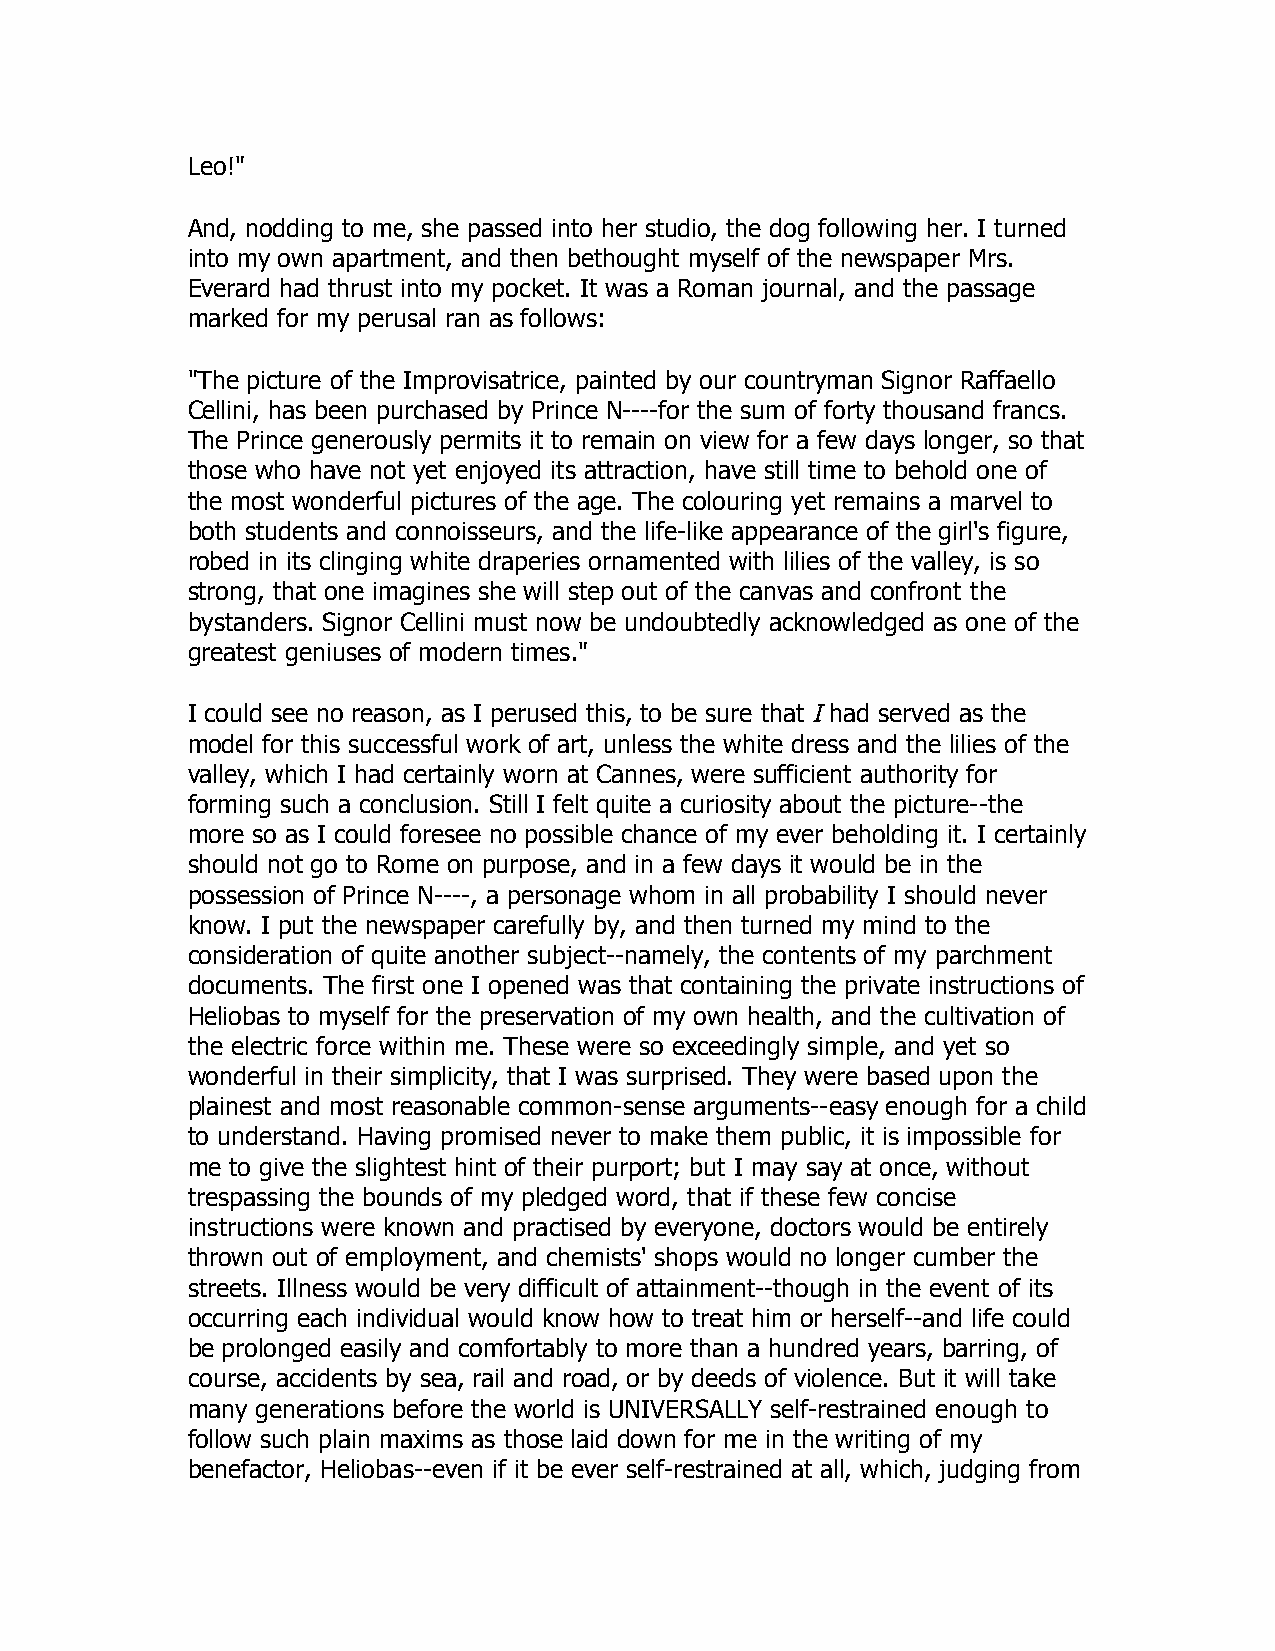
Leo!"
 And, nodding to me, she passed into her studio, the dog following her. I turned
 into my own apartment, and then bethought myself of the newspaper Mrs.
 Everard had thrust into my pocket. It was a Roman journal, and the passage
 marked for my perusal ran as follows:
 "The picture of the Improvisatrice, painted by our countryman Signor Raffaello
 Cellini, has been purchased by Prince N----for the sum of forty thousand francs.
 The Prince generously permits it to remain on view for a few days longer, so that
 those who have not yet enjoyed its attraction, have still time to behold one of
 the most wonderful pictures of the age. The colouring yet remains a marvel to
 both students and connoisseurs, and the life-like appearance of the girl's figure,
 robed in its clinging white draperies ornamented with lilies of the valley, is so
 strong, that one imagines she will step out of the canvas and confront the
 bystanders. Signor Cellini must now be undoubtedly acknowledged as one of the
 greatest geniuses of modern times."
 I could see no reason, as I perused this, to be sure that I had served as the
 model for this successful work of art, unless the white dress and the lilies of the
 valley, which I had certainly worn at Cannes, were sufficient authority for
 forming such a conclusion. Still I felt quite a curiosity about the picture--the
 more so as I could foresee no possible chance of my ever beholding it. I certainly
 should not go to Rome on purpose, and in a few days it would be in the
 possession of Prince N----, a personage whom in all probability I should never
 know. I put the newspaper carefully by, and then turned my mind to the
 consideration of quite another subject--namely, the contents of my parchment
 documents. The first one I opened was that containing the private instructions of
 Heliobas to myself for the preservation of my own health, and the cultivation of
 the electric force within me. These were so exceedingly simple, and yet so
 wonderful in their simplicity, that I was surprised. They were based upon the
 plainest and most reasonable common-sense arguments--easy enough for a child
 to understand. Having promised never to make them public, it is impossible for
 me to give the slightest hint of their purport; but I may say at once, without
 trespassing the bounds of my pledged word, that if these few concise
 instructions were known and practised by everyone, doctors would be entirely
 thrown out of employment, and chemists' shops would no longer cumber the
 streets. Illness would be very difficult of attainment--though in the event of its
 occurring each individual would know how to treat him or herself--and life could
 be prolonged easily and comfortably to more than a hundred years, barring, of
 course, accidents by sea, rail and road, or by deeds of violence. But it will take
 many generations before the world is UNIVERSALLY self-restrained enough to
 follow such plain maxims as those laid down for me in the writing of my
 benefactor, Heliobas--even if it be ever self-restrained at all, which, judging from